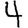
Digit: 4